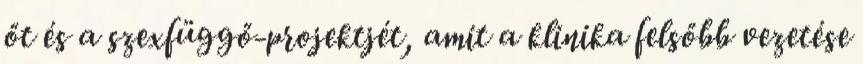
őt és a szexfüggő-projektjét, amit a klinika felsőbb vezetése